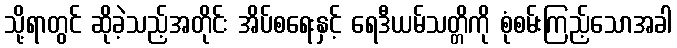
သို့ရာတွင် ဆိုခဲ့သည့်အတိုင်း အိပ်စရေးနှင့် ရေဒီယမ်သတ္တိကို စုံစမ်းကြည့်သောအခါ